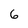
Character: 6